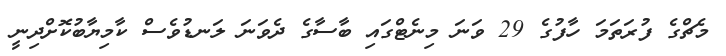
މެޗްގެ ފުރަތަމަ ހާފުގެ 29 ވަނަ މިނެޓްގައި ބާސާގެ ދެވަނަ ލަނޑުވެސް ކާމިޔާބުކޮށްދިނީ